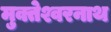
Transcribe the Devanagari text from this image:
मुक्तेश्वरनाथ